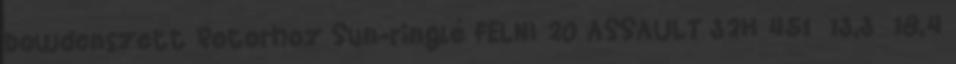
bowdenszett Rotorhoz Sun-ringlé FELNI 20 ASSAULT 32H 451 13,3 18,4